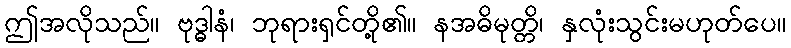
ဤအလိုသည်။ ဗုဒ္ဓါနံ၊ ဘုရားရှင်တို့၏။ နအဓိမုတ္တိ၊ နှလုံးသွင်းမဟုတ်ပေ။